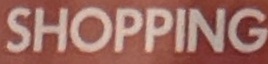
SHOPPING